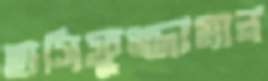
হাসিফুজ্জামান